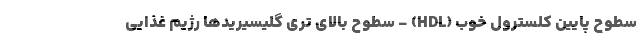
سطوح پایین کلسترول خوب (HDL) - سطوح بالای تری گلیسیریدها رژیم غذایی